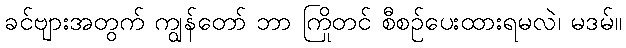
ခင်ဗျားအတွက် ကျွန်တော် ဘာ ကြိုတင် စီစဉ်ပေးထားရမလဲ၊ မဒမ်။